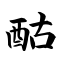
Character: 酤